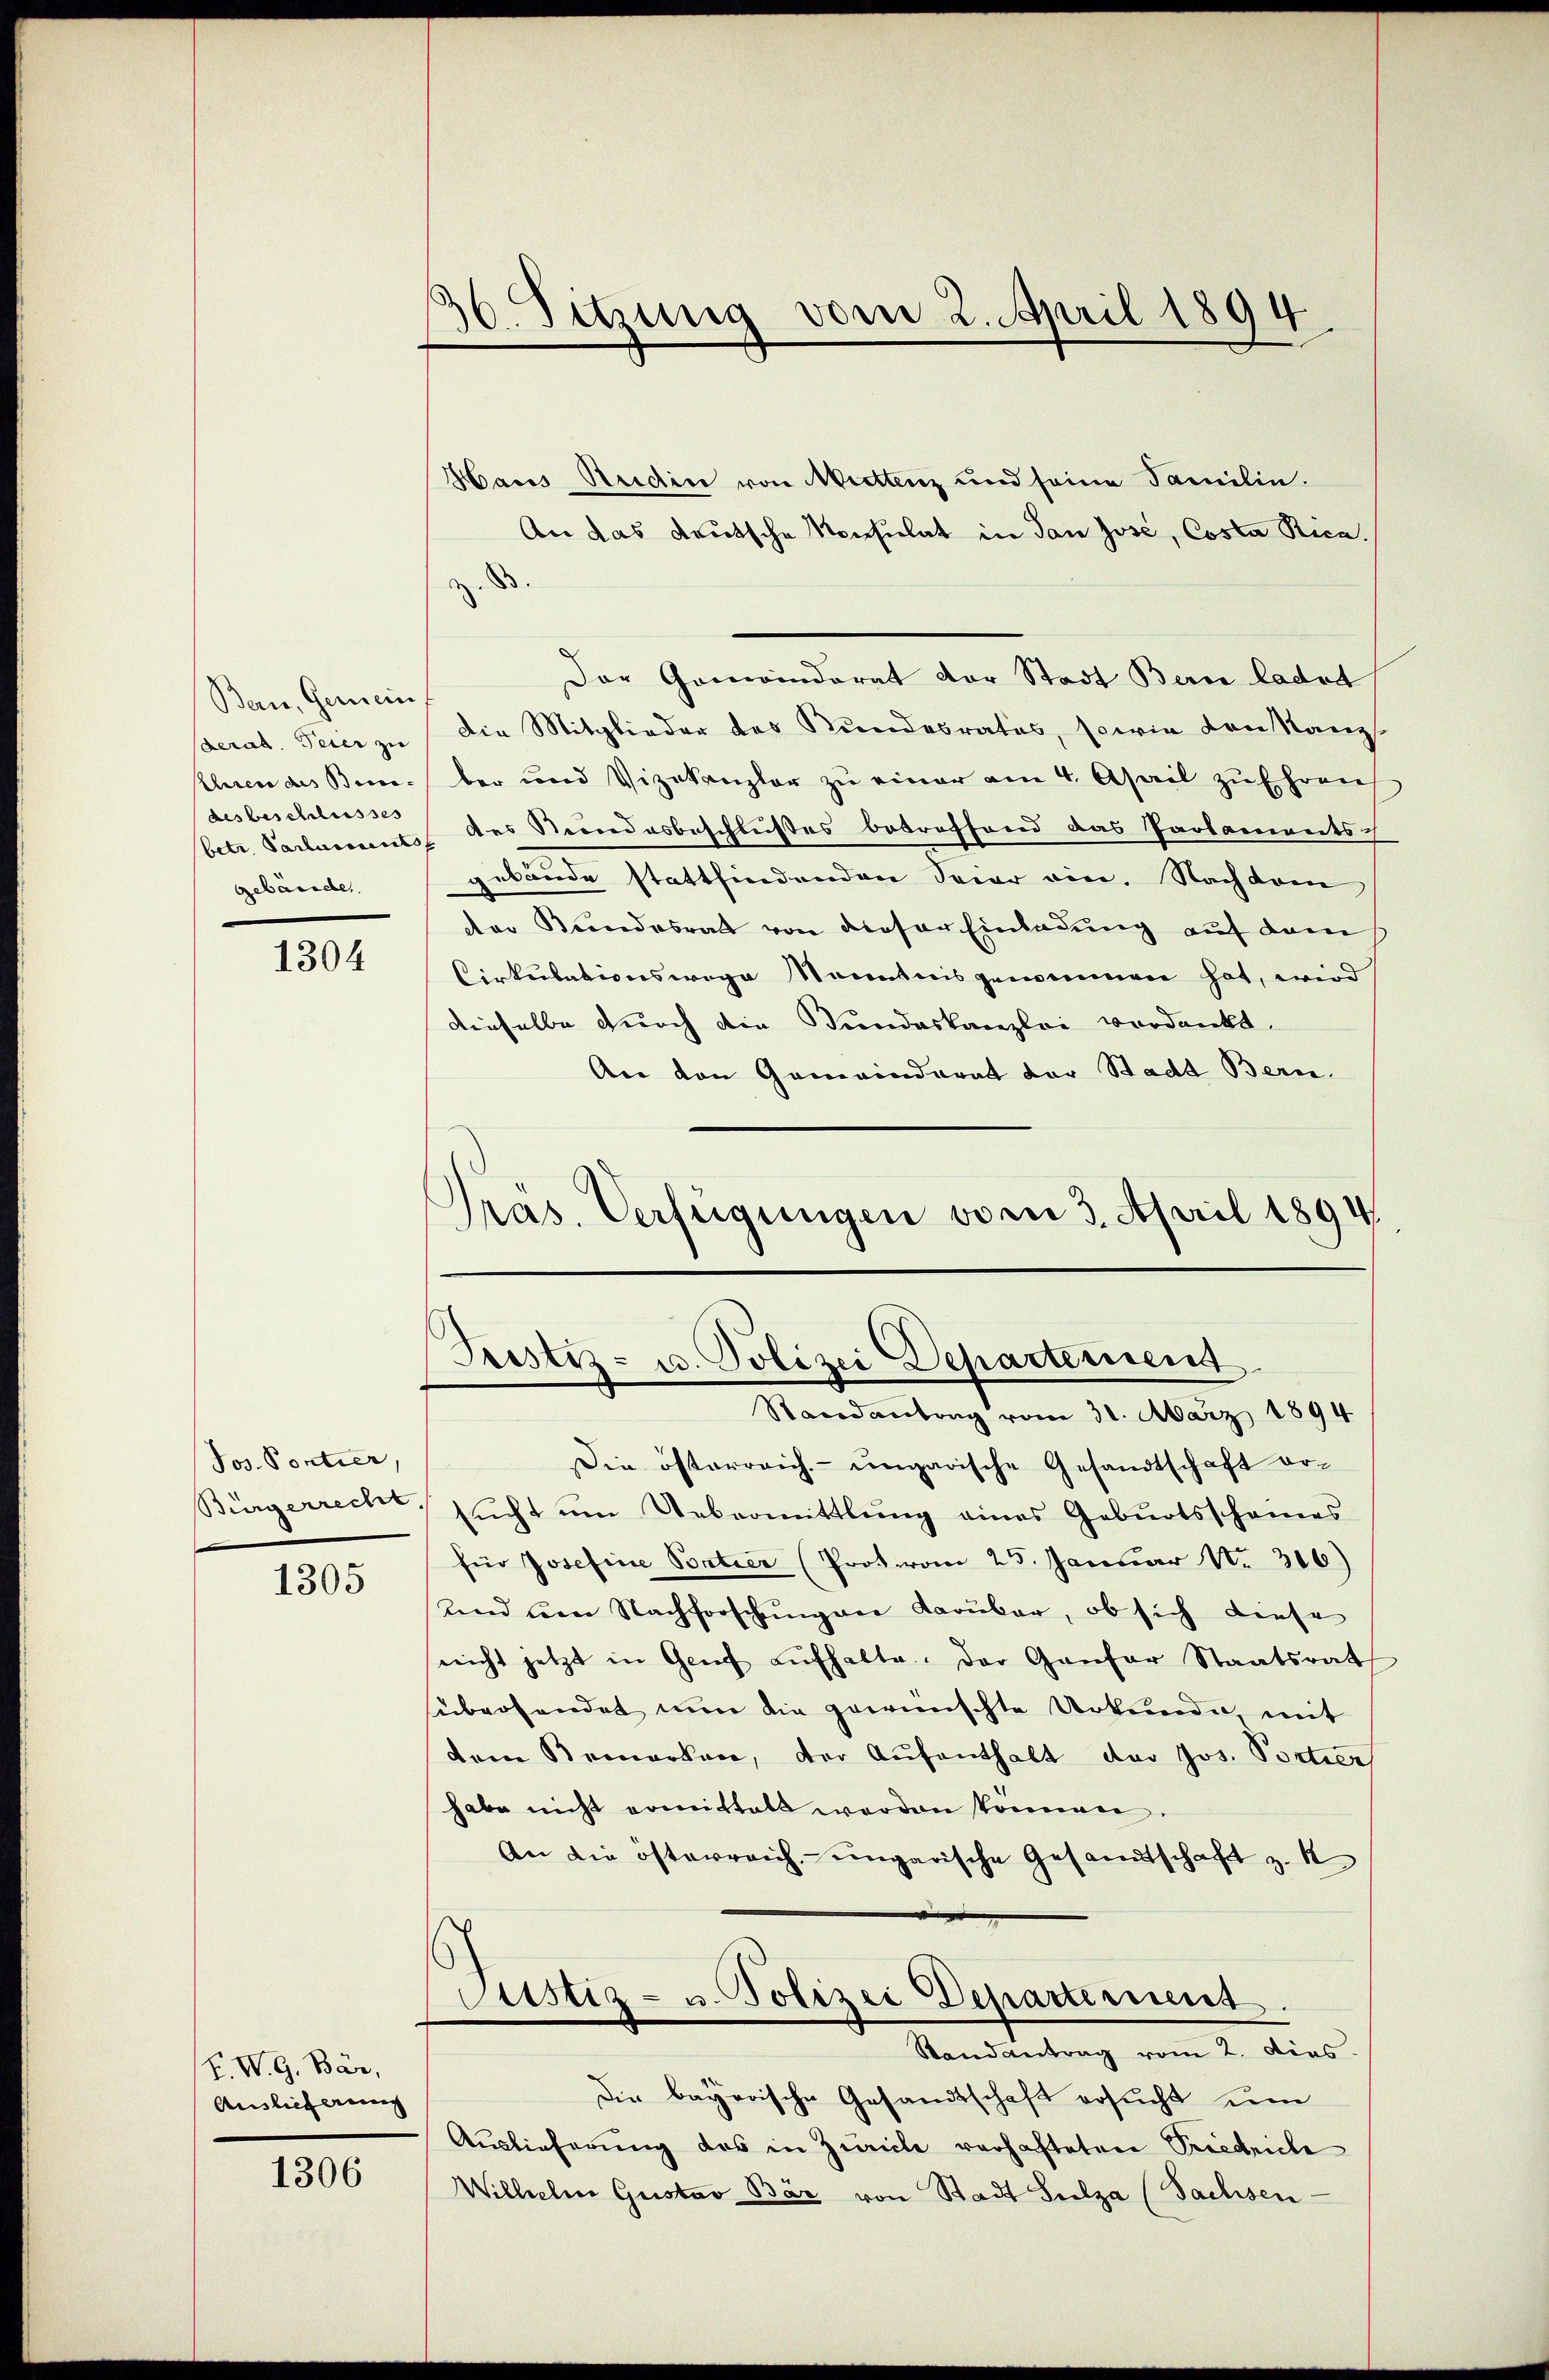
Bern, Gemein
derat. Feier zu
Eheren des Beise-
desbeschlusses
gebäusche

1304

Jos. Pontier,
Bürgerrecht,
1305

V. W. G. Bär,
Auslieferung

1306

36. Sitzung vom 2. April 1894

Hares Studice von Muettenz und seine Familie.
An das deutsche Konsulat in dan Jose, Costa Ricaz. B.
Der Gemeinderat vor Stadt Bern ladet
Die Mitglieder des Kundesrates, sowie den Kanz
ber und Vizekanzler zu einer am 4. April zu Ehrere
betr. Parlaments des Stundesbeschlußes betreffend das Parlamentsc
gebäude stattfindenden Spier ein. Nachdem
der Kundesrat von dieser Einladung auf dem
Cirkulationswege Kenntnis genommen hat, wird
dieselbe durch die Bundeskanzlei verdankt.
An den Gemeinderat der Stadt Bern.
Pras. Verfügungen vom 3. April 1894.

Die österreich-ungarische Gesandtschaft ersŭcht um Uebermittlung eines Geburtsscheines
für Josefine Pontier (Proton 25. Januar Nr. 316)
und um Nachforschungen darüber, ob sich diese
nicht jetzt in Genf aŭfhalte. Der Gantar Staatsrat
übersendet nun die gewünschte Urkunde, mit
dem Bemerken, der Aufenthalt der Jos. Portier
habe nicht ermittelt werden können
An die österreich ungarische Gesandtschaft z. 1
Justiz- u. Polizei Departement.
Randantrag vom 2. dies.
Die bayerische Gesandtschaft ersucht um
Auslieferung des in Zürich verhaftetene Priedriche
Wilhelm Gustav Bär von Stadt Sulza (Sachsen

Justiz- u. Polizei Departement
Randantrag vom 31. März 1894